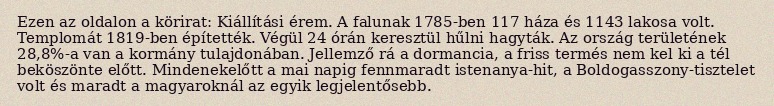
Ezen az oldalon a körirat: Kiállítási érem. A falunak 1785-ben 117 háza és 1143 lakosa volt. Templomát 1819-ben építették. Végül 24 órán keresztül hűlni hagyták. Az ország területének 28,8%-a van a kormány tulajdonában. Jellemző rá a dormancia, a friss termés nem kel ki a tél beköszönte előtt. Mindenekelőtt a mai napig fennmaradt istenanya-hit, a Boldogasszony-tisztelet volt és maradt a magyaroknál az egyik legjelentősebb.